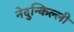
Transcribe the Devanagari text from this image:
नेदुन्किल्ली